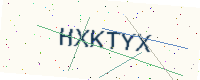
Text: HXKTYX